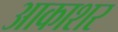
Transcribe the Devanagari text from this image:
आकाशर